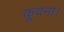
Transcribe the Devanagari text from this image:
कूदना।